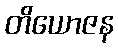
တိယောဇန